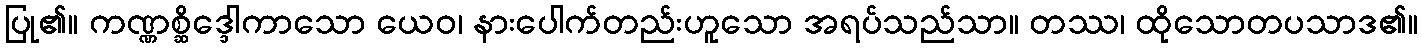
ပြု၏။ ကဏ္ဏစ္ဆိဒ္ဒေါကာသော ယေဝ၊ နားပေါက်တည်းဟူသော အရပ်သည်သာ။ တဿ၊ ထိုသောတပသာဒ၏။